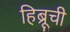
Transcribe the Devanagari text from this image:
हिब्रूची